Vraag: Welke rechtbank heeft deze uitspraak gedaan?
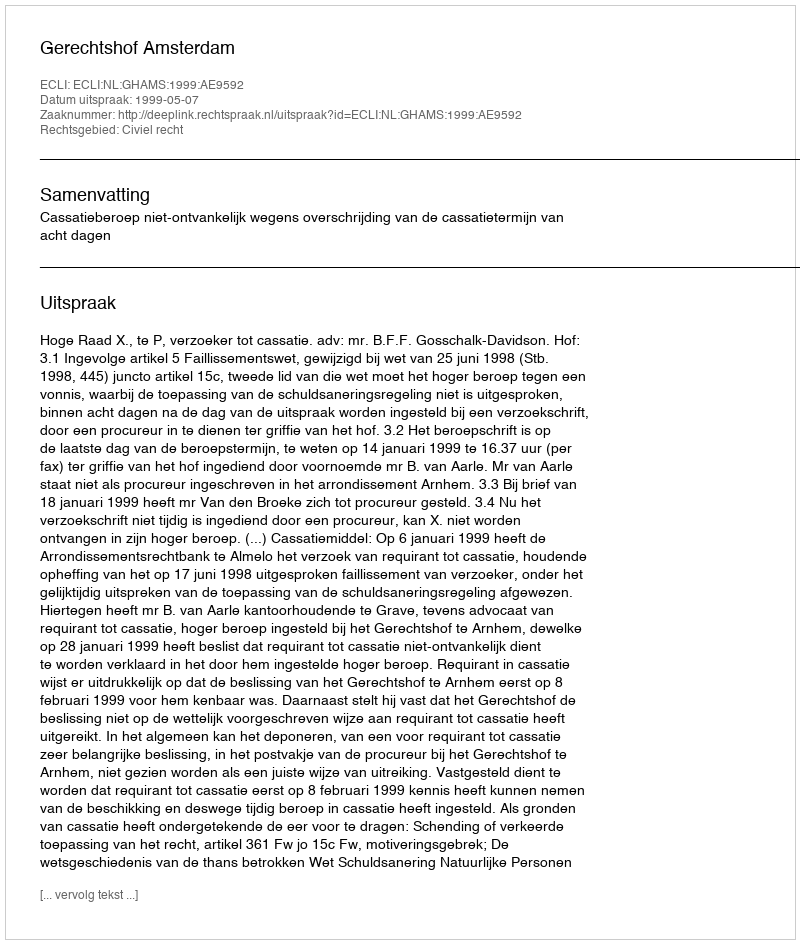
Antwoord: Gerechtshof Amsterdam